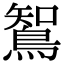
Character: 𮬼